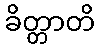
ခိတ္တာတိ